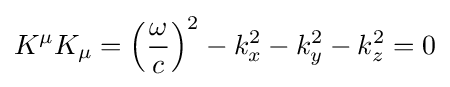
K^{\mu }K_{\mu }=\left({\frac {\omega }{c}}\right)^{2}-k_{x}^{2}-k_{y}^{2}-k_{z}^{2}=0